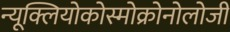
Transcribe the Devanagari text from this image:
न्यूक्लियोकोस्मोक्रोनोलोजी